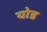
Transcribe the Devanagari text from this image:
योड